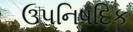
ઉપનિષદિક